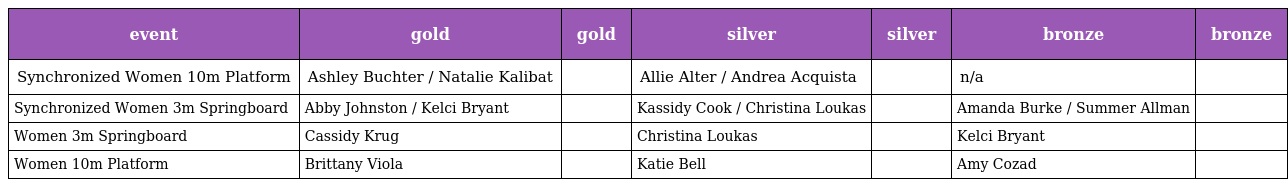
| event | gold | gold | silver | silver | bronze | bronze |
 | --- | --- | --- | --- | --- | --- | --- |
 | Synchronized Women 10m Platform | Ashley Buchter / Natalie Kalibat |  | Allie Alter / Andrea Acquista |  | n/a |  |
 | Synchronized Women 3m Springboard | Abby Johnston / Kelci Bryant |  | Kassidy Cook / Christina Loukas |  | Amanda Burke / Summer Allman |  |
 | Women 3m Springboard | Cassidy Krug |  | Christina Loukas |  | Kelci Bryant |  |
 | Women 10m Platform | Brittany Viola |  | Katie Bell |  | Amy Cozad |  |